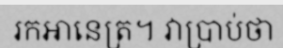
រកអានេត្រ។ វាប្រាប់ថា